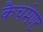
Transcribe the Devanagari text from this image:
कैचमेण्ट